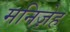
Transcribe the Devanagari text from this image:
मनिज़ेह